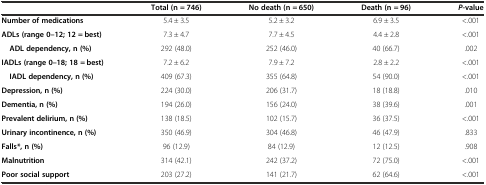
<table><thead><tr><td></td><td><b>Total (n = 746)</b></td><td><b>No death (n = 650)</b></td><td><b>Death (n = 96)</b></td><td><b><i>P</i>-value</b></td></tr></thead><tbody><tr><td><b>Number of medications</b></td><td>5.4 ± 3.5</td><td>5.2 ± 3.2</td><td>6.9 ± 3.5</td><td>&lt;.001</td></tr><tr><td><b>ADLs (range 0–12; 12 = best)</b></td><td>7.3 ± 4.7</td><td>7.7 ± 4.5</td><td>4.4 ± 2.8</td><td>&lt;.001</td></tr><tr><td> <b>ADL dependency, n (%)</b></td><td>292 (48.0)</td><td>252 (46.0)</td><td>40 (66.7)</td><td>.002</td></tr><tr><td><b>IADLs (range 0–18; 18 = best)</b></td><td>7.2 ± 6.2</td><td>7.9 ± 7.2</td><td>2.8 ± 2.2</td><td>&lt;.001</td></tr><tr><td> <b>IADL dependency, n (%)</b></td><td>409 (67.3)</td><td>355 (64.8)</td><td>54 (90.0)</td><td>&lt;.001</td></tr><tr><td><b>Depression, n (%)</b></td><td>224 (30.0)</td><td>206 (31.7)</td><td>18 (18.8)</td><td>.010</td></tr><tr><td><b>Dementia, n (%)</b></td><td>194 (26.0)</td><td>156 (24.0)</td><td>38 (39.6)</td><td>.001</td></tr><tr><td><b>Prevalent delirium, n (%)</b></td><td>138 (18.5)</td><td>102 (15.7)</td><td>36 (37.5)</td><td>&lt;.001</td></tr><tr><td><b>Urinary incontinence, n (%)</b></td><td>350 (46.9)</td><td>304 (46.8)</td><td>46 (47.9)</td><td>.833</td></tr><tr><td><b>Falls*, n (%)</b></td><td>96 (12.9)</td><td>84 (12.9)</td><td>12 (12.5)</td><td>.908</td></tr><tr><td><b>Malnutrition</b></td><td>314 (42.1)</td><td>242 (37.2)</td><td>72 (75.0)</td><td>&lt;.001</td></tr><tr><td><b>Poor social support</b></td><td>203 (27.2)</td><td>141 (21.7)</td><td>62 (64.6)</td><td>&lt;.001</td></tr></tbody></table>